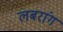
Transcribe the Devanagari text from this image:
लबरांग